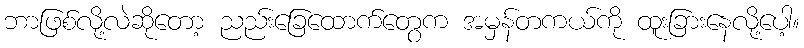
ဘာဖြစ်လို့လဲဆိုတော့ ညည်းခြေထောက်တွေက အမှန်တကယ်ကို ထူးခြားနေလို့ပေါ့။